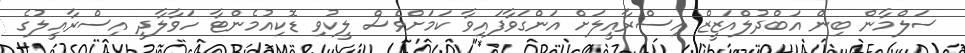
ސަލްމާން ބިން އަބްދުލްއަޒީޒް އިސްރާއީލަށް އަންގަވާފައިވާ ކަމަށްވެސް ލީކުވި ޑޮކިއުމެންޓާ ހަވާލާދީ އިސްރާއީލުގެ